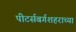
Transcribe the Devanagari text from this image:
पीटर्सबर्गशहराच्या